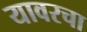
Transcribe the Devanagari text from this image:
यावरचा